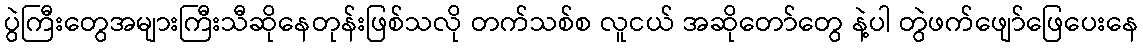
ပွဲကြီးတွေအများကြီးသီဆိုနေတုန်းဖြစ်သလို တက်သစ်စ လူငယ် အဆိုတော်တွေ နဲ့ပါ တွဲဖက်ဖျော်ဖြေပေးနေ